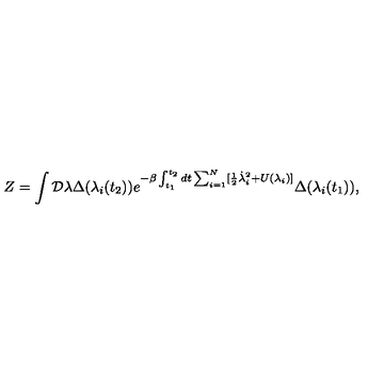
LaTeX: Z = \int { \cal D } \lambda \Delta ( \lambda _ { i } ( t _ { 2 } ) ) e ^ { - \beta \int _ { t _ { 1 } } ^ { t _ { 2 } } d t \sum _ { i = 1 } ^ { N } [ \frac { 1 } { 2 } \dot { \lambda } _ { i } ^ { 2 } + U ( \lambda _ { i } ) ] } \Delta ( \lambda _ { i } ( t _ { 1 } ) ) ,